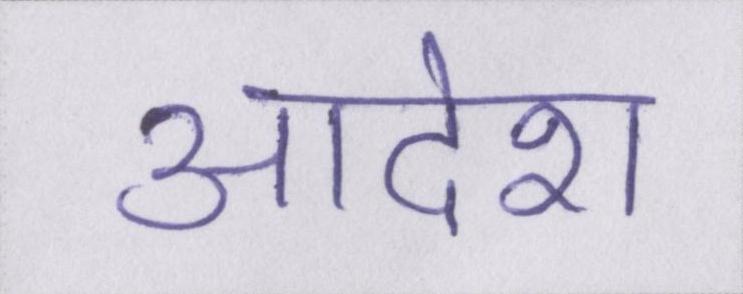
आदेश